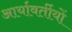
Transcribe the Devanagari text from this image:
आर्यावर्तीयों